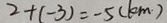
2 + ( - 3 ) = - 5 ( k m )